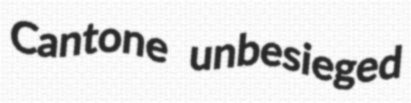
Cantone unbesieged